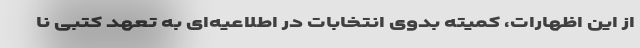
از این اظهارات، کمیته بدوی انتخابات در اطلاعیه‌ای به تعهد کتبی نا